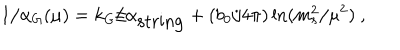
1 / \alpha _ { G } ( \mu ) = k _ { G } / \alpha _ { \mathrm { s t r i n g } } + ( { b _ { 0 } / { 4 \pi } } ) \ln ( { m _ { s } ^ { 2 } / \mu ^ { 2 } } ) ~ ,